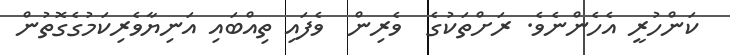
ކަންހުރީ އެހެންނެވެ. ރަށްތަކުގެ  ވެރިން  ވެފައި ތިއްބައި އަނިޔާވެރިކަމުގެގޮތުން